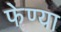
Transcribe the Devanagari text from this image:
फेण्या